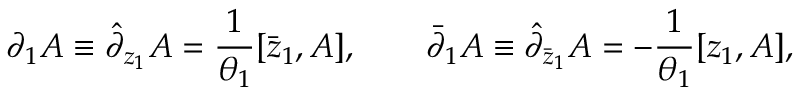
\partial _ { 1 } A \equiv \hat { \partial } _ { z _ { 1 } } A = { \frac { 1 } { \theta _ { 1 } } } [ \bar { z } _ { 1 } , A ] , \qquad \bar { \partial } _ { 1 } A \equiv \hat { \partial } _ { \bar { z } _ { 1 } } A = - { \frac { 1 } { \theta _ { 1 } } } [ z _ { 1 } , A ] ,